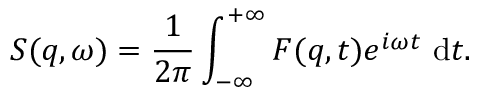
S ( q , \omega ) = \frac { 1 } { 2 \pi } \int _ { - \infty } ^ { + \infty } F ( q , t ) e ^ { i \omega t } \mathrm { ~ d } t .